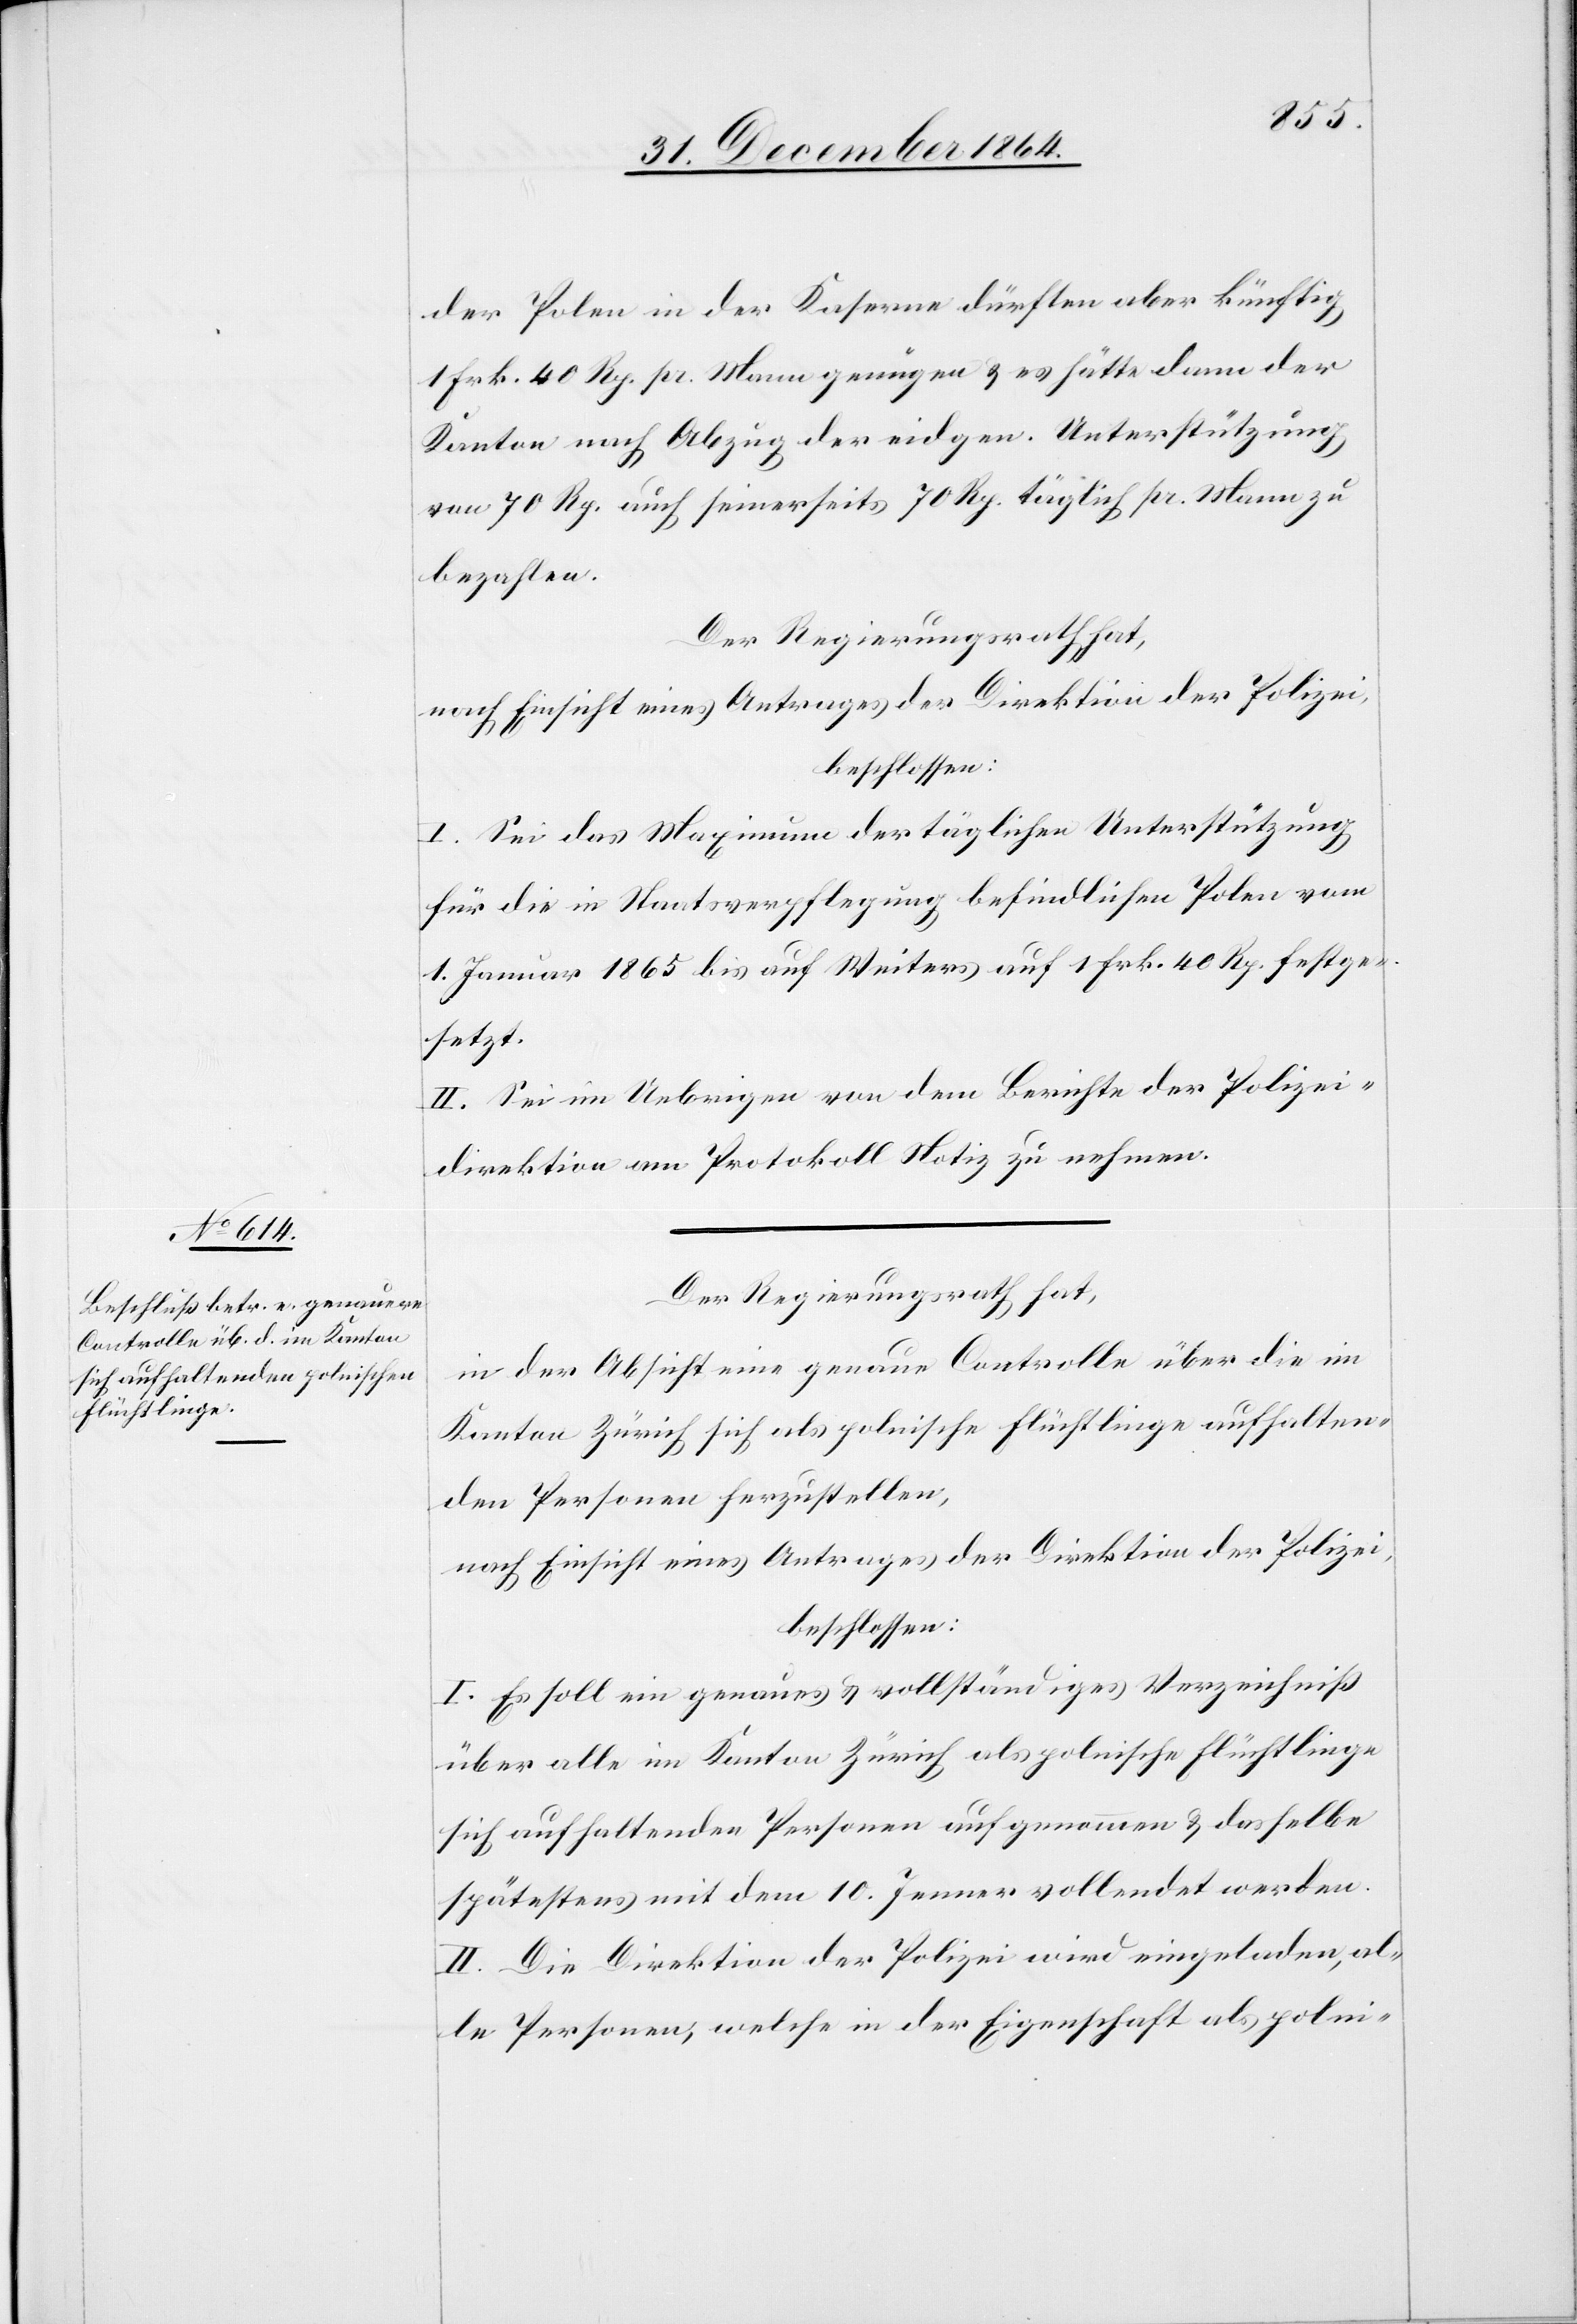
der Polen in der Kaserne dürften aber künftig
1 Frk. 40 Rp. pr. Mann genügen & es hätte dann der
Kanton nach Abzug der eidgen. Unterstützung
von 70 Rp. auch seinerseits 70 Rp. täglich pr. Mann zu
bezahlen.
Der Regierungsrath hat,
nach Einsicht eines Antrages der Direktion der Polizei,
beschlossen:
I. Sei das Maximum der täglichen Unterstützung
für die in Staatsverpflegung befindlichen Polen vom
1. Januar 1865 bis auf Weiteres auf 1 Frk. 40 Rp. festge¬
setzt.
II. Sei im Uebrigen von dem Berichte der Polizei¬
direktion am Protokoll Notiz zu nehmen.
Der Regierungsrath hat,
in der Absicht eine genaue Controlle über die im
Kanton Zürich sich als polnische Flüchtlinge aufhalten¬
den Personen herzustellen,
nach Einsicht eines Antrages der Direktion der Polizei,
beschlossen:
I. Es soll ein genaues & vollständiges Verzeichniß
über alle im Kanton Zürich als polnische Flüchtlinge
sich aufhaltenden Personen aufgenommen & dasselbe
spätestens mit dem 10. Jenner vollendet werden.
II. Die Direktion der Polizei wird eingeladen, al¬
le Personen, welche in der Eigenschaft als polni-